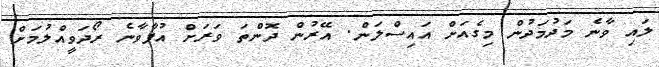
ލައި ވާނެ މަދުމަދުން މިގެއަށް އައިސްލަން. އޭރުން ދޮންތަ ވަރަށް އުފާވާނެ ރޯދަވީއްލުމަށް